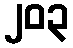
၂၀၃